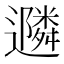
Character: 𮟠